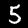
Digit: 5